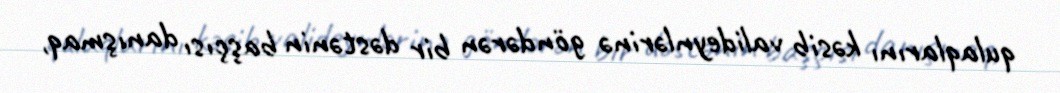
qulaqlarını kəsib valideynlərinə göndərən bir dəstənin başçısı danışmaq,